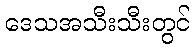
ဒေသအသီးသီးတွင်